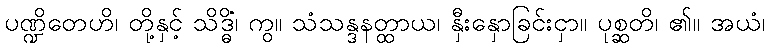
ပဏ္ဍိတေဟိ၊ တို့နှင့် သိဒ္ဓိံ၊ ကွ။ သံသန္ဒနတ္ထာယ၊ နှီးနှောခြင်းငှာ။ ပုစ္ဆတိ၊ ၏။ အယံ၊